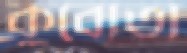
কুবোতা